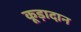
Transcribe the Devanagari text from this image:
कूड़ादान